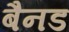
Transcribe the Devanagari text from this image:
बैनड